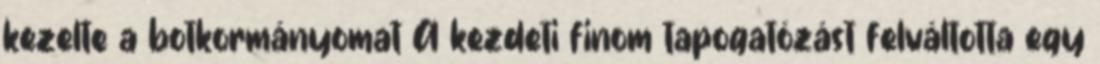
kezelte a botkormányomat A kezdeti finom tapogatózást felváltotta egy